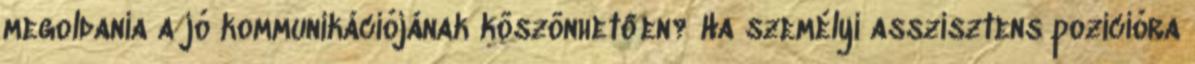
megoldania a jó kommunikációjának köszönhetően? Ha személyi asszisztens pozícióra